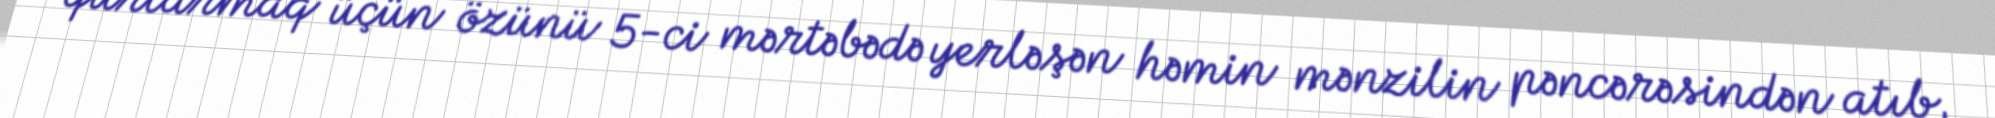
qurtarmaq üçün özünü 5-ci mərtəbədə yerləşən həmin mənzilin pəncərəsindən atıb,